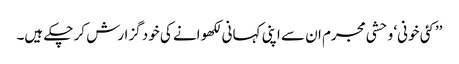
’’کئی خونی‘ وحشی مجرم ان سے اپنی کہانی لکھوانے کی خود گزارش کر چکے ہیں۔